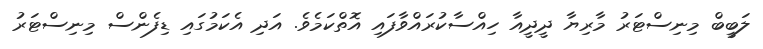
ލަބީބް މިނިސްޓަރު މާރިޔާ ދީދީއާ ހިއްސާކުރައްވާފައި އޮތްކަމެވެ. އަދި އެކަމުގައި ޑިފެންސް މިނިސްޓަރު